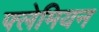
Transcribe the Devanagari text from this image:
फ्लेमियन